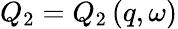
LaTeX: Q_{2}=Q_{2}\left(q,\omega\right)